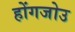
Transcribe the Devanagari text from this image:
होंगजोउ